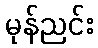
မုန်ညင်း